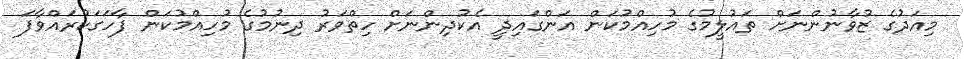
މިއަދުގެ ޒުވާނުންނަށް ތައުލީމުގެ މުހިއްމުކަން އަންގައިދީ އެކުދިންނަށް ހިތްވަރު ދިނުމުގެ މުހިއްމުކަން ފާހަގަކުރައްވާފަ